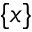
\{ x \}